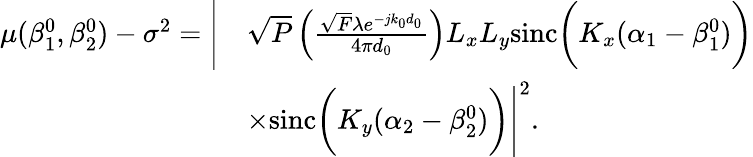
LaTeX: \begin{array}{rl}{\mu(\beta_{1}^{0},\beta_{2}^{0})-\sigma^{2}=\Bigg|}&{\sqrt{P}\left(\frac{\sqrt{F}\lambda e^{-jk_{0}d_{0}}}{4\pi d_{0}}\right)L_{x}L_{y}\mathrm{sinc}\bigg(K_{x}(\alpha_{1}-\beta_{1}^{0})\bigg)}\\ &{\times\mathrm{sinc}\bigg(K_{y}(\alpha_{2}-\beta_{2}^{0})\bigg)\Bigg|^{2}.}\end{array}